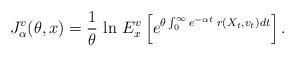
LaTeX: \begin{align*}J_{\alpha}^v (\theta,x)= \frac{1}{\theta} \, \ln \, E_x^v\left[ e^{\theta\int_{0}^{\infty} e^{-\alpha t} \; r(X_t,v_t) dt}\right].\end{align*}